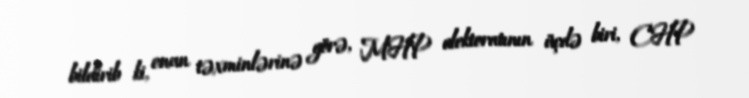
bildirib ki, onun təxminlərinə görə, MHP elektoratının üçdə biri, CHP